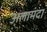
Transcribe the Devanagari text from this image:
अलामंदा